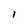
Character: l